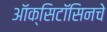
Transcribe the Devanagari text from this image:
ऑक्सिटॉसिनचे